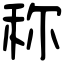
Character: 称